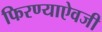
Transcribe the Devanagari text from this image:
फिरण्याऐवजी